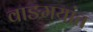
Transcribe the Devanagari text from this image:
वाङमयांत